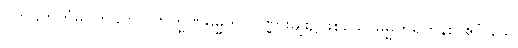
ပုတ်ခတ်တုံမပုတ်ခတ်။ ဗြာဟ္မဏဓမ္မိက၊ ပုဏ္ဏားမျိုး၌ဖြစ်သောဓမ္မိကရဟန်း။ ဧဝံ ခေါ၊